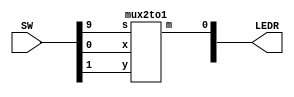
//SW[1:0] data inputs
//SW[9] select signal
//LEDR[0] output display

module mux(LEDR, SW);
	input [9:0] SW;
	output [9:0] LEDR;
	wire c0, c1;
	mux2to1 m1 (
		.x(SW[0]),
		.y(SW[1]),
		.s(SW[9]),
		.m(LEDR[0])
		);
endmodule

module mux2to1(m, x, y, s);
	input x;
	input y;
	input s;
	output m;
	assign m = s ? y : x;
endmodule